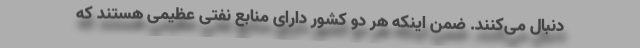
دنبال می‌کنند. ضمن اینکه هر دو کشور دارای منابع نفتی عظیمی هستند که